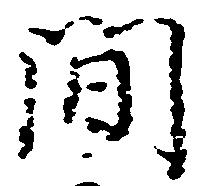
間